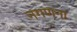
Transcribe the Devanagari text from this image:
नगणना